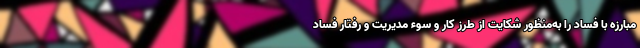
مبارزه با فساد را به‌منظور شکایت از طرز کار و سوء مدیریت و رفتار فساد